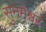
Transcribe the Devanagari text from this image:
सुनमेश्वर